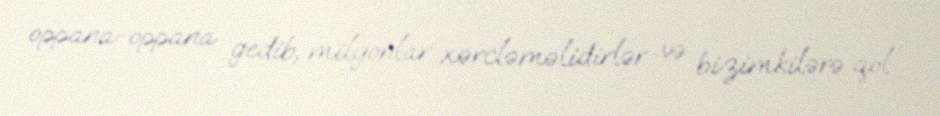
oppana-oppana gedib, milyonlar xərcləməlidirlər və bizimkilərə qol